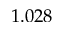
1 . 0 2 8